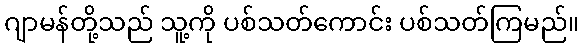
ဂျာမန်တို့သည် သူ့ကို ပစ်သတ်ကောင်း ပစ်သတ်ကြမည်။